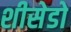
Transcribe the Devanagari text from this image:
शीसेडो